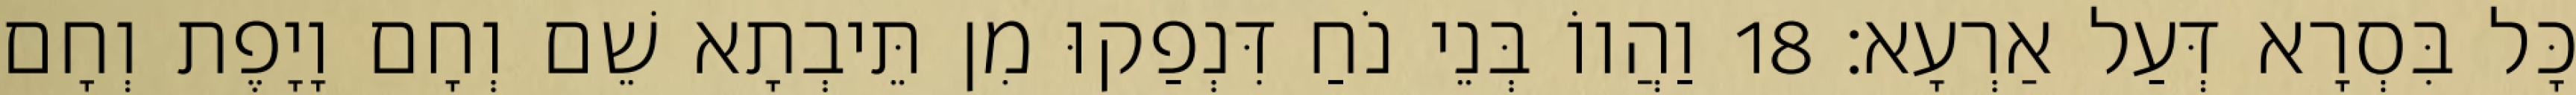
כָּל בִּסְרָא דְּעַל אַרְעָא׃ 18 וַהֲווֹ בְּנֵי נֹחַ דִּנְפַקוּ מִן תֵּיבְתָא שֵׁם וְחָם וָיָפֶת וְחָם